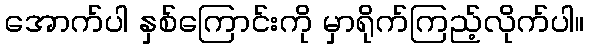
အောက်ပါ နှစ်ကြောင်းကို မှာရိုက်ကြည့်လိုက်ပါ။